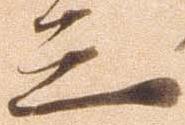
三